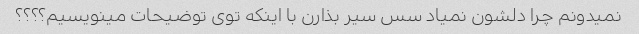
نمیدونم چرا دلشون نمیاد سس سیر بذارن با اینکه توی توضیحات مینویسیم؟؟؟؟